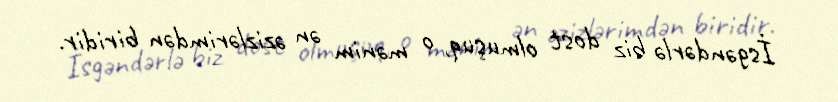
İsgəndərlə biz dost olmuşuq, o mənim ən əzizlərimdən biridir.